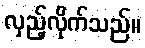
လှည့်လိုက်သည်။